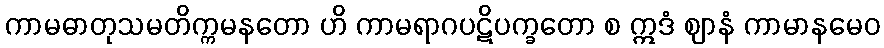
ကာမဓာတုသမတိက္ကမနတော ဟိ ကာမရာဂပဋိပက္ခတော စ ဣဒံ ဈာနံ ကာမာနမေဝ